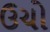
ઉચો